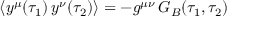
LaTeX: \langle y ^ { \mu } ( \tau _ { 1 } ) \, y ^ { \nu } ( \tau _ { 2 } ) \rangle = - g ^ { \mu \nu } \, G _ { B } ( \tau _ { 1 } , \tau _ { 2 } )